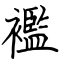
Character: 襤